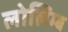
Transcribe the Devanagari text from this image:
लोलिम्ब